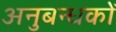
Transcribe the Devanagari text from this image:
अनुबन्धकों